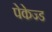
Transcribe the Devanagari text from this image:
पेकेज्ड